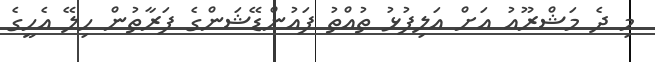
މި ދެ މަޝްރޫއު އަށް އަލިފުޅު ތުއްތު ފައުންޑޭޝަންގެ ފަރާތުން ހިލޭ އެހީގެ